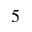
5